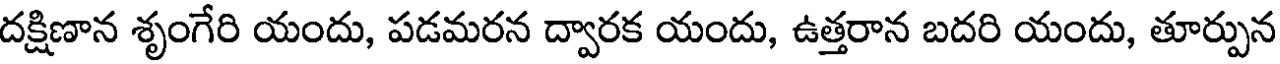
దక్షిణాన శృంగేరి యందు, పడమరన ద్వారక యందు, ఉత్తరాన బదరి యందు, తూర్పున